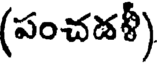
(పంచడళీ)